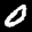
Label: 0